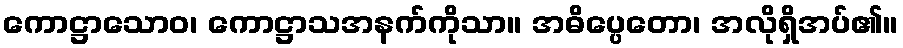
ကောဋ္ဌာသောဝ၊ ကောဋ္ဌာသအနက်ကိုသာ။ အဓိပ္ပေတော၊ အလိုရှိအပ်၏။